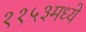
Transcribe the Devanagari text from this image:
११५३मध्ये